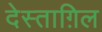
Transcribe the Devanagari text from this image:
देस्ताग़िल